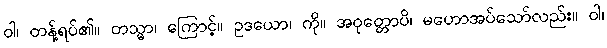
ဝါ၊ တန့်ရပ်၏။ တသ္မာ၊ ကြောင့်။ ဥဒယော၊ ကို။ အဝုတ္တောပိ၊ မဟောအပ်သော်လည်း။ ဝါ၊